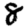
Digit: 8